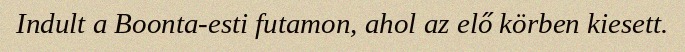
Indult a Boonta-esti futamon, ahol az elő körben kiesett.